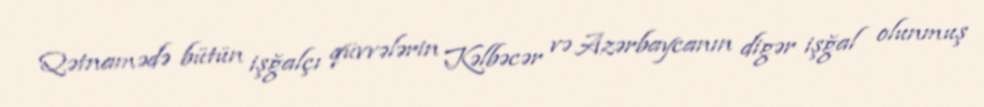
Qətnamədə bütün işğalçı qüvvələrin Kəlbəcər və Azərbaycanın digər işğal olunmuş